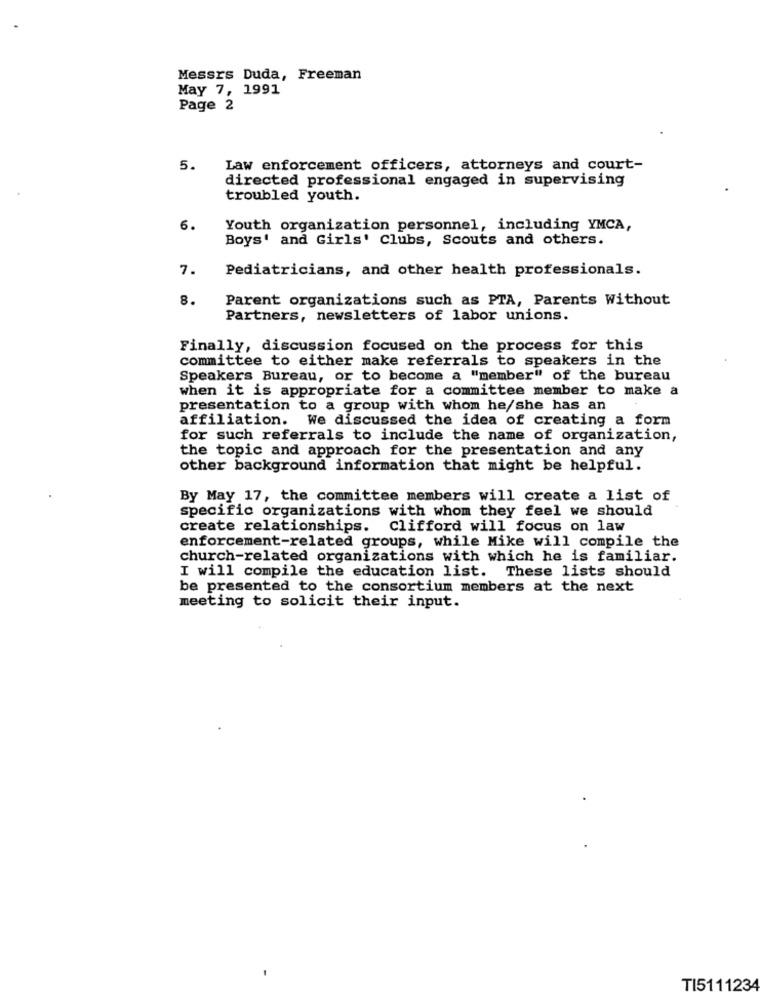
Messrs Duda, Freeman
May 7, 1991
Page 2
5.
Law enforcement officers, attorneys and court-
directed professional engaged in supervising
troubled youth.
6.
Youth organization personnel, including YMCA,
Boys' and Girls' Clubs, Scouts and others.
7.
Pediatricians, and other health professionals.
8.
Parent organizations such as PTA, Parents Without
Partners, newsletters of labor unions.
Finally, discussion focused on the process for this
committee to either make referrals to speakers in the
Speakers Bureau, or to become a "member" of the bureau
when it is appropriate for a committee member to make a
presentation to a group with whom he/she has an
affiliation. We discussed the idea of creating a form
for such referrals to include the name of organization,
the topic and approach for the presentation and any
other background information that might be helpful.
By May 17, the committee members will create a list of
specific organizations with whom they feel we should
create relationships.
Clifford will focus on law
enforcement-related groups, while Mike will compile the
church-related organizations with which he is familiar.
I will compile the education list. These lists should
be presented to the consortium members at the next
meeting to solicit their input.
TI5111234